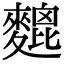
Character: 𪍜